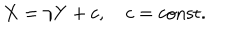
LaTeX: X = \gamma Y + c , \quad c = \mathrm { c o n s t } .